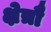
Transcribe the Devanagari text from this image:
क्षेत्रौ